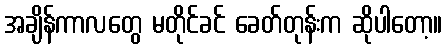
အချိန်ကာလတွေ မတိုင်ခင် ခေတ်တုန်းက ဆိုပါတော့။